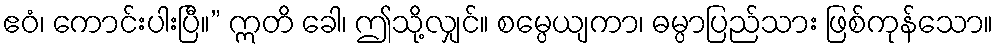
ဧဝံ၊ ကောင်းပါးပြီ။” ဣတိ ခေါ၊ ဤသို့လျှင်။ စမ္ပေယျကာ၊ ဓမ္ပာပြည်သား ဖြစ်ကုန်သော။